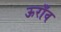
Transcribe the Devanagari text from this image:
ऊराँव